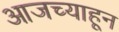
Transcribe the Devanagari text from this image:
आजच्याहून